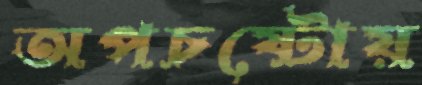
অপচষ্টোয়